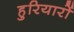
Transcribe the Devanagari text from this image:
हुरियारों